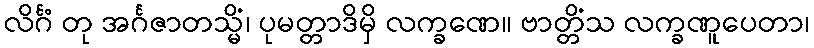
လိင်္ဂံ တု အင်္ဂဇာတသ္မိံ၊ ပုမတ္တာဒိမှိ လက္ခဏေ။ ဗာတ္တိံသ လက္ခဏူပေတာ၊